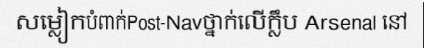
សម្លៀកបំពាក់Post-Navថ្នាក់លើក្លឹប Arsenal នៅ